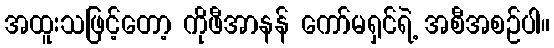
အထူးသဖြင့်တော့ ကိုဖီအာနန် ကော်မရှင်ရဲ့ အစီအစဉ်ပါ။